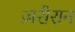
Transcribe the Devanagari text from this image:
ज़रीरान